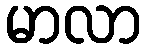
မာလာ